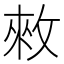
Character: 𢽟